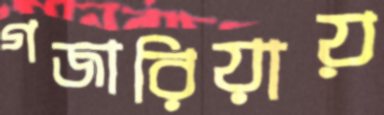
গজারিয়ায়